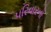
પરિવારનો